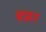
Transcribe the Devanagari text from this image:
बफ्रर